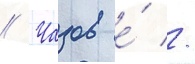
// Чазов е́ //